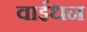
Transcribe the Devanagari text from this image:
वाईधन